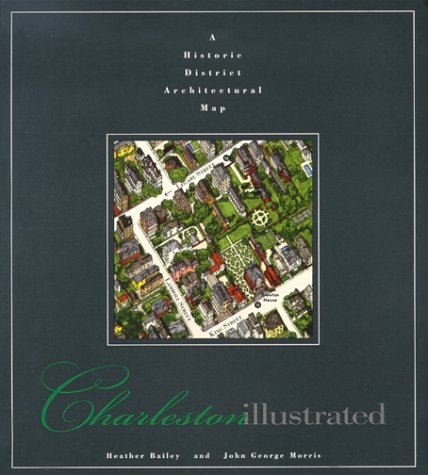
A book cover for Charleston Illustrated Map; Heather Bailey; Travel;